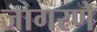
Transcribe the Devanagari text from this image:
जागरणे